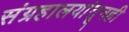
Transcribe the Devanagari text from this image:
संग्रहालयांतूनही